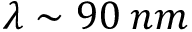
\lambda \sim 9 0 \: n m